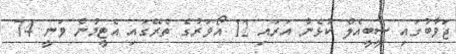
ޖަވާބުގައި ސީބީއެލް ކުޅެން އަރައި 12 އޯވަރުގެ ތެރޭގައި އެޓީމުން ވަނީ 74